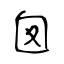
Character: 囱